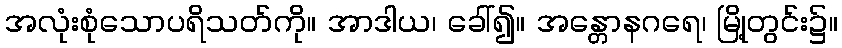
အလုံးစုံသောပရိသတ်ကို။ အာဒါယ၊ ခေါ်၍။ အန္တောနဂရေ၊ မြို့တွင်း၌။